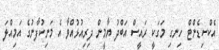
އެކްސިޑެންޓް ހިނގި މަގަކީ ރައީސް އަބްދު ޔާމީން ދިރިއުޅުއްވާ އެ މަނިކުފާނުގެ އަމިއްލަ